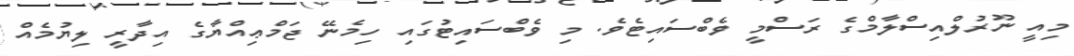
މިއީ ނޫރުލްއިސްލާމްގެ ރަސްމީ ވެބްސައިޓެވެ. މި ވެބްސައިޓުގައި ހިމެނޭ ޖަމްޢިއްޔާގެ އިދާރީ ލިޔުމެއް